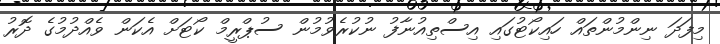
މިފަދަ ނިންމުންތައް ހައިކޯޓުގައި އިސްތިއުނާފު ނުކުރެވުމުން ސުޕްރީމް ކޯޓަށް އެކަން ވެއްދުމުގެ ދޮރު